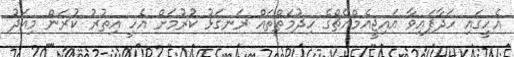
އެހީގައި ހަދާފައިވާ އައިޖީއެމްއެޗްގެ ހިދުމަތްތައް ރަނގަޅު ކުރުމަށް އެހީ އިތުރު ކުރަން މިއަދު